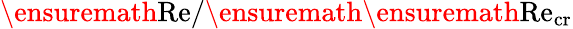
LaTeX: \ensuremath{\mathrm{Re}}/\ensuremath{\ensuremath{\mathrm{Re}}_{\mathrm{cr}}}